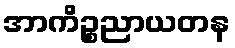
အာကိဉ္စညာယတန